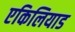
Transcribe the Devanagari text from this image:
एकिलियाड